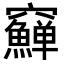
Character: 𥩑